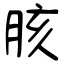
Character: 胲